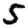
Digit: 5